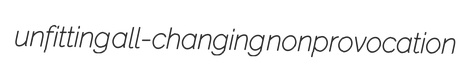
unfitting all-changing nonprovocation